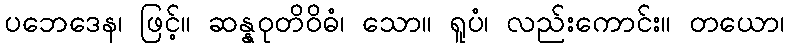
ပဘေဒေန၊ ဖြင့်။ ဆန္နဝုတိဝိဓံ၊ သော။ ရူပံ၊ လည်းကောင်း။ တယော၊